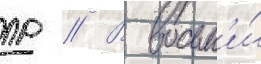
пр // В восьм'и́